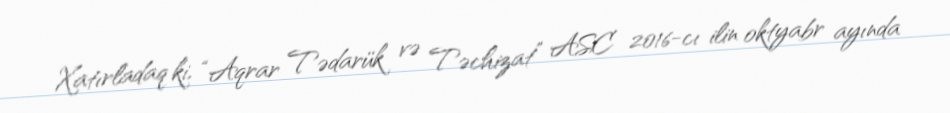
Xatırladaq ki, “Aqrar Tədarük və Təchizat” ASC 2016-cı ilin oktyabr ayında